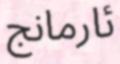
ئارمانج